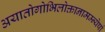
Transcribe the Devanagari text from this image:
अयातोगोभिलोक्तानामम्न्येषां